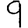
Digit: 9